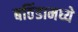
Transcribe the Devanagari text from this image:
बठिंडामध्ये